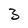
Character: 3